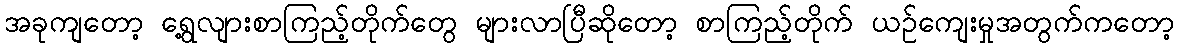
အခုကျတော့ ရွေ့လျားစာကြည့်တိုက်တွေ များလာပြီဆိုတော့ စာကြည့်တိုက် ယဉ်ကျေးမှုအတွက်ကတော့